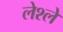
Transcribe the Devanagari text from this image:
लेश्ले